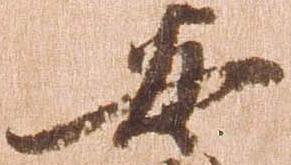
安